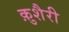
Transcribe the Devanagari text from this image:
क़ुशैरी